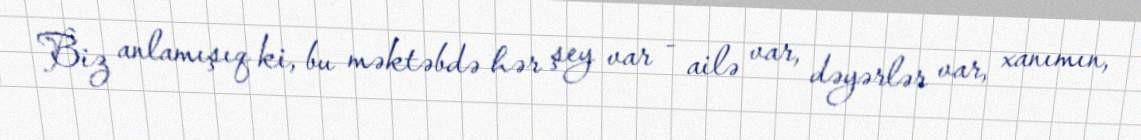
Biz anlamışıq ki, bu məktəbdə hər şey var - ailə var, dəyərlər var, xanımın,